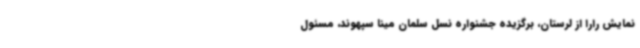
نمایش رارا از لرستان، برگزیده جشنواره نسل سلمان مینا سپهوند، مسئول